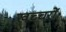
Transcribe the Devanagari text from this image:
खच्‍चरों